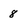
Character: 8